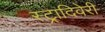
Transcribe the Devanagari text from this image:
स्ट्रादिवेरी